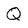
Character: Q